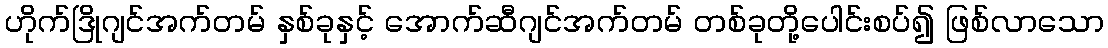
ဟိုက်ဒြိုဂျင်အက်တမ် နှစ်ခုနှင့် အောက်ဆီဂျင်အက်တမ် တစ်ခုတို့ပေါင်းစပ်၍ ဖြစ်လာသော